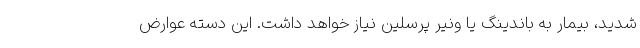
شدید، بیمار به باندینگ یا ونیر پرسلین نیاز خواهد داشت. این دسته عوارض